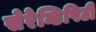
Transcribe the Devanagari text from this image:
सेरेन्डिपिटी